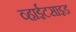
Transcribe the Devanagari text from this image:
व्हाईटसाइड